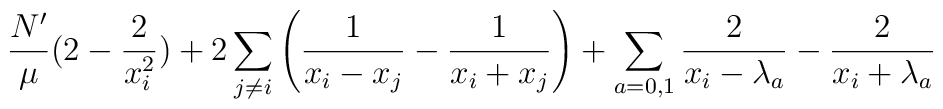
\frac{N'}{\mu} (2 -\frac 2{x_i^2})+2\sum_{j\neq i}\left(\frac 1{x_i-x_j}-\frac 1{x_i+x_j}\right) + \sum_{a=0,1}\frac2{x_i-\lambda_a} -\frac2{x_i+\lambda_a}